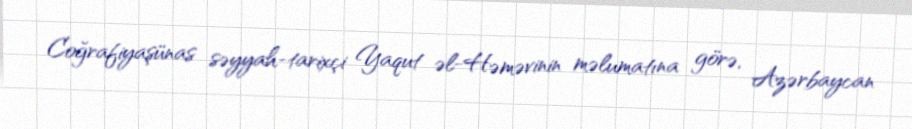
Coğrafiyaşünas səyyah-tarixçi Yaqut əl-Həməvinin məlumatına görə, Azərbaycan